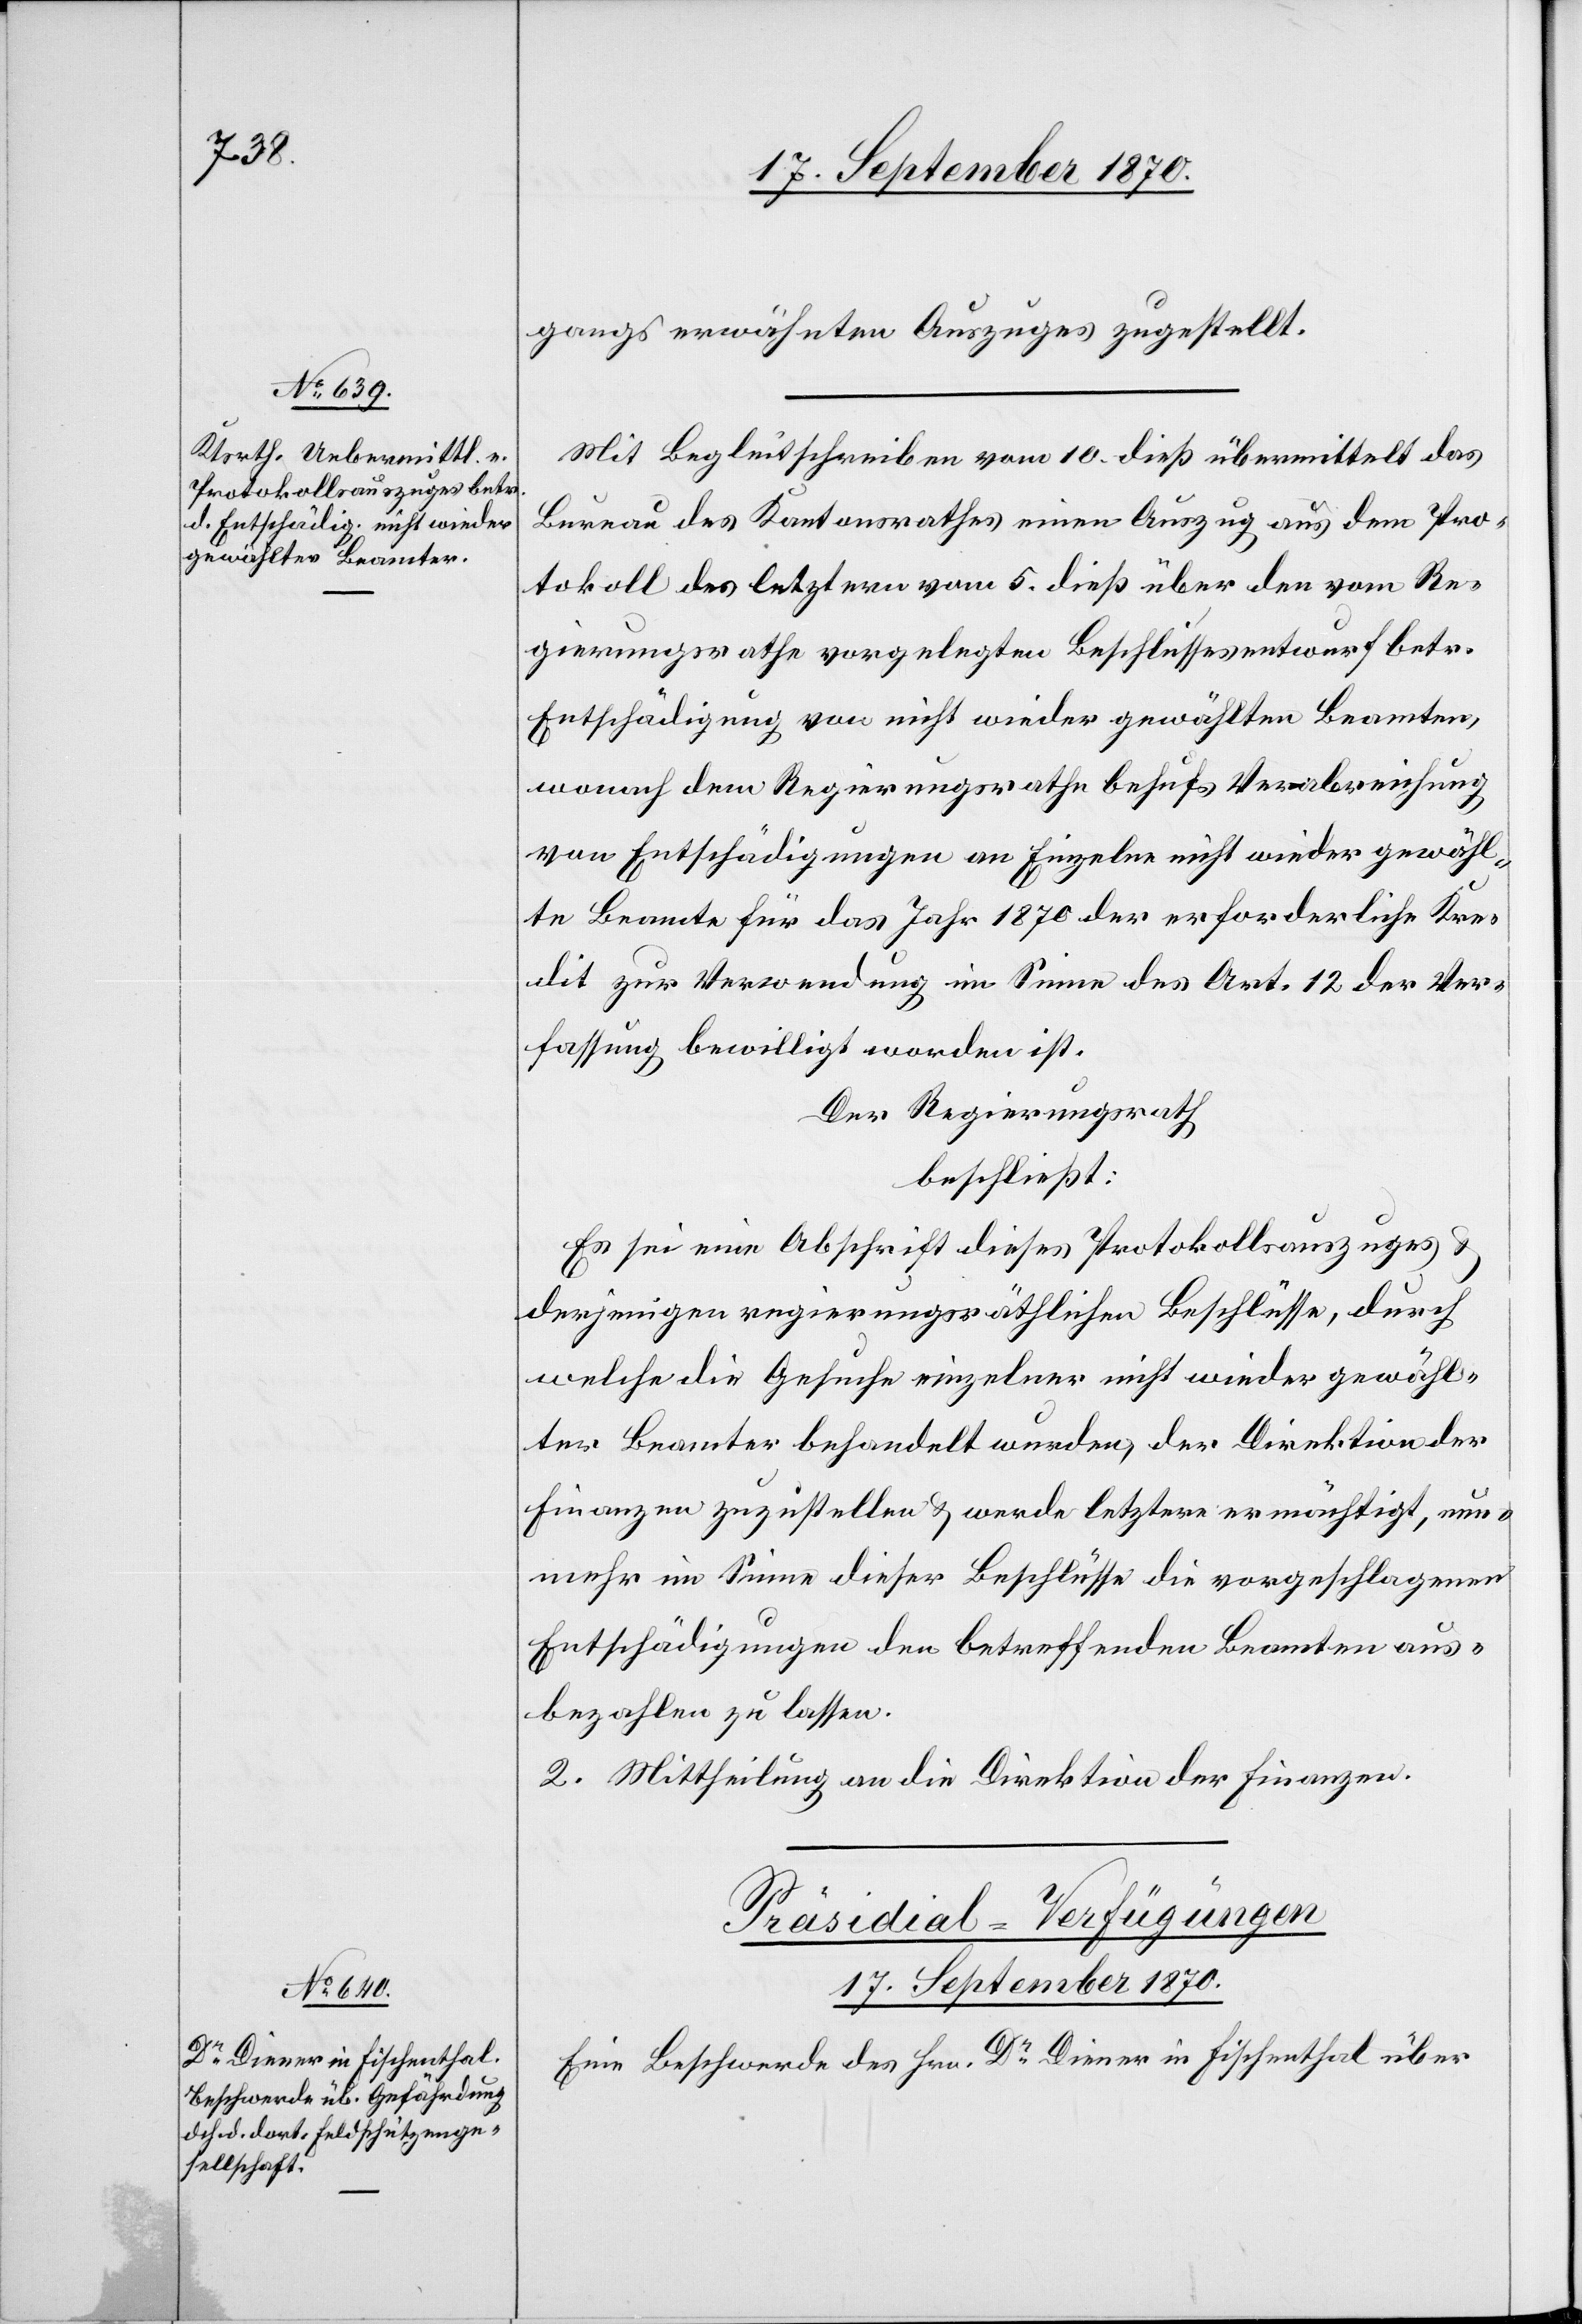
gangs erwähnten Auszuges zugestellt.
Mit Begleitschreiben vom 10. dieß übermittelt das
Bureau des Kantonsrathes einen Auszug aus dem Pro¬
tokoll des letztern vom 5. dieß über den vom Re¬
gierungsrathe vorgelegten Beschlussesentwurf betr.
Entschädigung von nicht wieder gewählten Beamten,
wonach dem Regierungsrathe behufs Verabreichung
von Entschädigungen an Einzelne nicht wieder gewähl¬
te Beamte für das Jahr 1870 der erforderliche Kre¬
dit zur Verwendung im Sinne des Art. 12 der Ver¬
fassung bewilligt worden ist.
Der Regierungsrath
beschließt:
Es sei eine Abschrift dieses Protokollsauszuges &
derjenigen regierungsräthlichen Beschlüsse, durch
welche die Gesuche einzelner nicht wieder gewähl¬
ter Beamter behandelt wurden, der Direktion der
Finanzen zuzustellen & werde letztere ermächtigt, nun¬
mehr im Sinne dieser Beschlüsse die vorgeschlagenen
Entschädigungen den betreffenden Beamten aus¬
bezahlen zu lassen.
2. Mittheilung an die Direktion der Finanzen.
Präsidial-Verfügungen
17. September 1870.
Eine Beschwerde des Hrn. Dr Diener in Fischenthal über